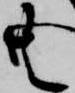
共